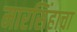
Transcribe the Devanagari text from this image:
मारसिंहाचा